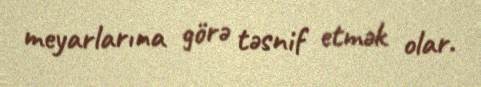
meyarlarına görə təsnif etmək olar.